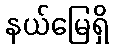
နယ်မြေရှိ